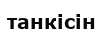
танкісін